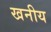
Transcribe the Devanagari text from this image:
खनीय